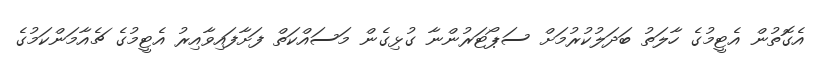
އެގޮތުން އެޓީމުގެ ހާލަތު ބަދަލުކުރުމަށް ސަޕޯޓަރުންނާ ގުޅިގެން މަސައްކަތް ފަށާފައިވާއިރު އެޓީމުގެ ޗެއާމަންކަމުގެ